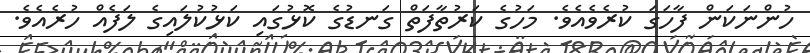
ހުންނަކަން ފާހަގަ ކުރެވެއެވެ. މަހުގެ ކަރުތާފަތް ގަނޑުގެ ކޮޅުގައި ކަޅުކުލައިގެ ލަފެއް ހުރެއެވެ.